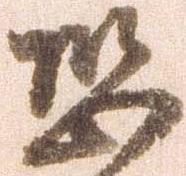
恐